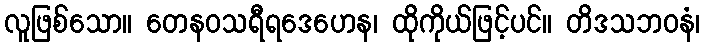
လူဖြစ်သော။ တေနဝသရီရဒေဟေန၊ ထိုကိုယ်ဖြင့်ပင်။ တိဒသဘဝနံ၊